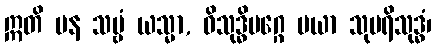
ဣတိ ပန သဗ္ဗံ ယသ္မာ, ဝိသုဒ္ဓိမဂ္ဂေ မယာ သုပရိသုဒ္ဓံ၊